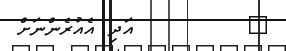
٢        އަދި އެއުރެންނަށް